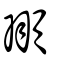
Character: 頨